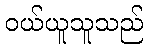
ဝယ်ယူသူသည်